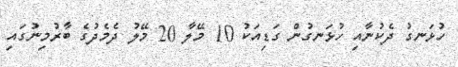
ހުޅަނގު ދެކުނާއި ހުޅަނގުން ގަޑިއަކު 10 މޭލާ 20 މޭލު ދެމެދުގެ ބާރުމިނުގައި